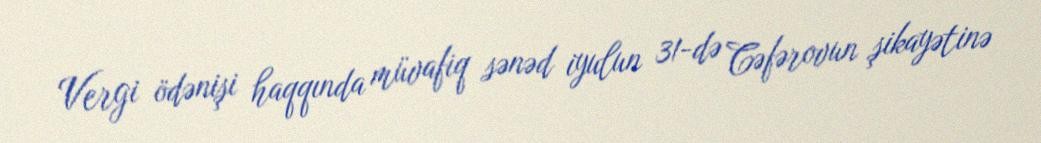
Vergi ödənişi haqqında müvafiq sənəd iyulun 31-də Cəfərovun şikayətinə